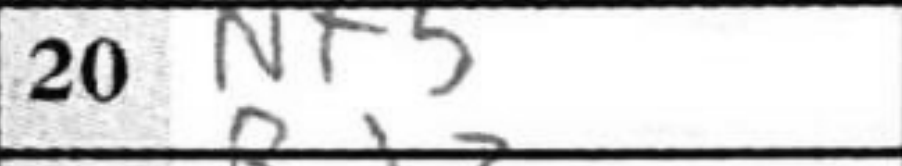
Transcription: Nf5